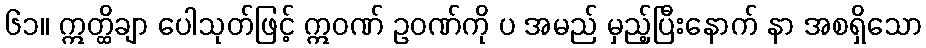
၆၁။ ဣတ္ထိချာ ပေါသုတ်ဖြင့် ဣဝဏ် ဥဝဏ်ကို ပ အမည် မှည့်ပြီးနောက် နာ အစရှိသော